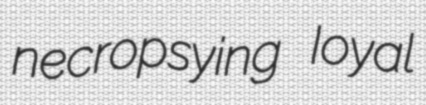
necropsying Ioyal